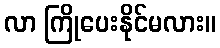
လာ ကြိုပေးနိုင်မလား။